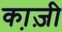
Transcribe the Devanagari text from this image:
का़ज़ी